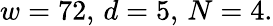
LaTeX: w=72,\, d=5,\, N=4.